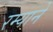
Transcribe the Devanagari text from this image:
रम्याने